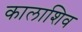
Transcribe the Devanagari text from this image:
कालाशिव